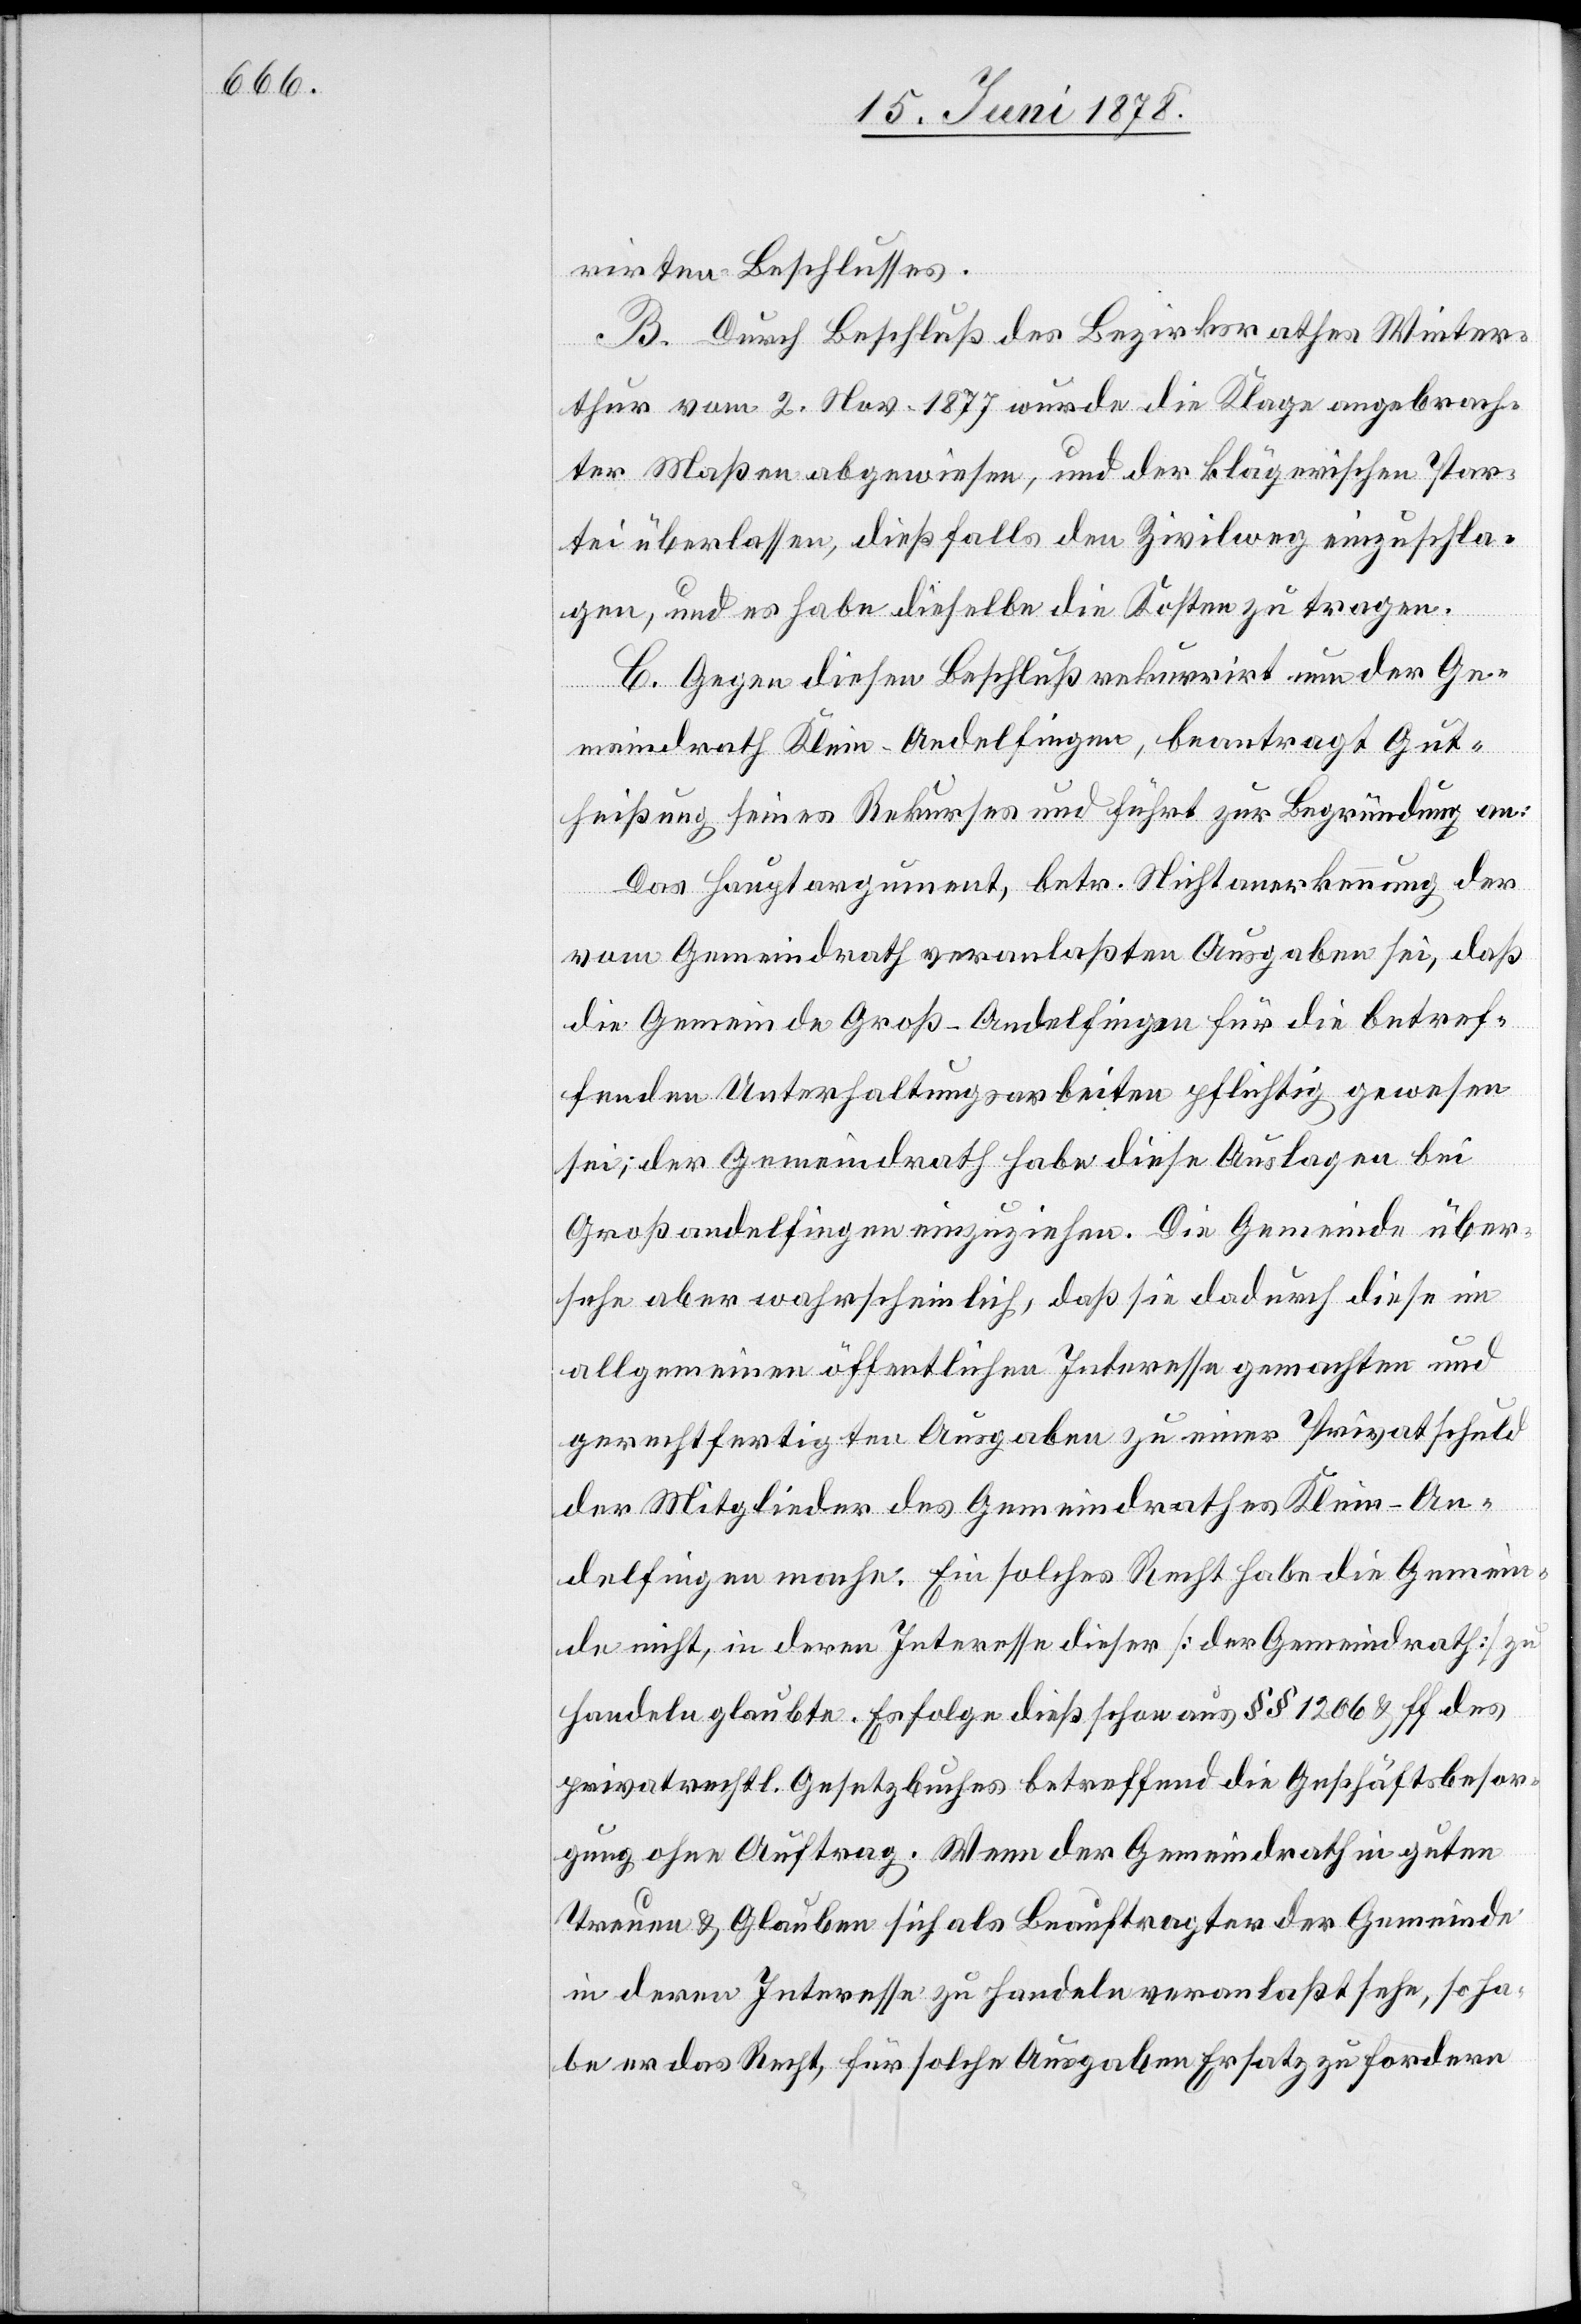
rirten Beschlusses.
B. Durch Beschluß des Bezirksrathes Winter¬
thur vom 2. Nov. 1877 wurde die Klage angebrach¬
ter Maßen abgewiesen, und der klägerischen Par¬
tei überlassen, dießfalls den Zivilweg einzuschla¬
gen, und es habe dieselbe die Kosten zu tragen.
C. Gegen diesen Beschluß rekurrirt nun der Ge¬
meindrath Klein-Andelfingen, beantragt Gut¬
heißung seines Rekurses und führt zur Begründung an:
Das Hauptargument, betr. Nichtanerkennung der
vom Gemeindrath veranlaßten Ausgaben sei, daß
die Gemeinde Groß-Andelfingen für die betref¬
fenden Unterhaltungsarbeiten pflichtig gewesen
sei; der Gemeindrath habe diese Auslagen bei
Großandelfingen einzuziehen. Die Gemeinde über¬
sehe aber wahrscheinlich, daß sie dadurch diese im
allgemeinen öffentlichen Interesse gemachten und
gerechtfertigten Ausgaben zu einer Privatschuld
der Mitglieder des Gemeindrathes Klein-An¬
delfingen mache. Ein solches Recht habe die Gemein¬
de nicht, in deren Interesse dieser [der Gemeindrath] zu
handeln glaubte. Es folge dieß schon aus §§ 1206 & ff des
privatrechtl. Gesetzbuches betreffend die Geschäftsbesor¬
gung ohne Auftrag. Wenn der Gemeindrath in guten
Treuen & Glauben sich als Beauftragter der Gemeinde
in deren Interesse zu handeln veranlaßt sehe, so ha¬
be er das Recht, für solche Ausgaben Ersatz zu fordern